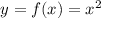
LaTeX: y = f ( x ) = x ^ { 2 }